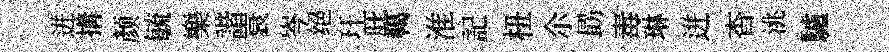
迸搆颜毓樂諧衰岑绝玕庇轕淮記杻尒勗毒琳迸杳洮驢